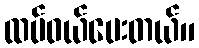
ထပ်ဝယ်ပေးတယ်။